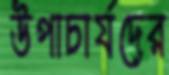
উপাচার্যদের